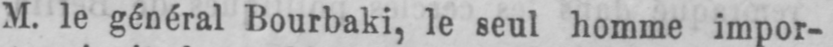
M. le général Bourbaki, le seul homme impor-